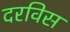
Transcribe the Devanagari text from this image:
दरविस